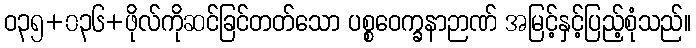
ဝ၃၅+၀၃၆+ဖိုလ်ကိုဆင်ခြင်တတ်သော ပစ္စဝေက္ခနာဉာဏ် အမြင့်နှင့်ပြည့်စုံသည်။